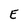
Character: E